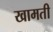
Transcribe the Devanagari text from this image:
खामती